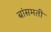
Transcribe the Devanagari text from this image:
बांसमती